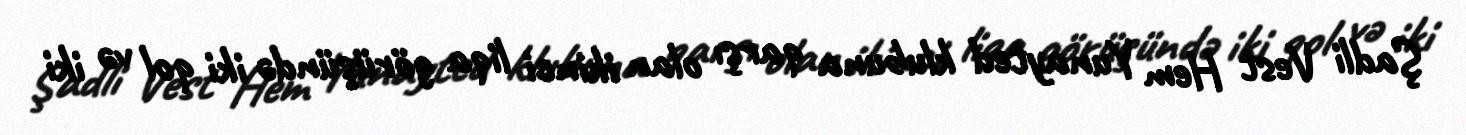
Şadli Vest Hem Yunayted klubuna qarşı olan ikinci liqa görüşündə iki qol və iki